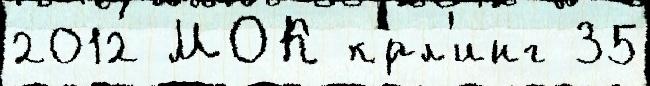
2012 МОК к'́рл'инг 35